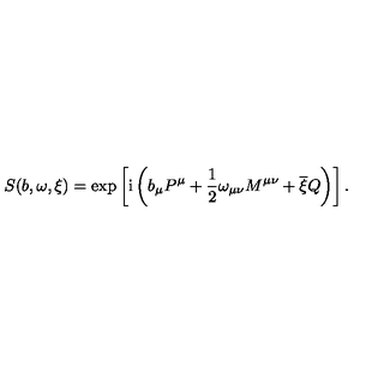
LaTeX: S ( b , \omega , \xi ) = \exp \left[ \mathrm { i } \left( b _ { \mu } P ^ { \mu } + \frac { 1 } { 2 } \omega _ { \mu \nu } M ^ { \mu \nu } + \overline { { \xi } } Q \right) \right] .